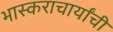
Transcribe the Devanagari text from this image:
भास्कराचार्यांची